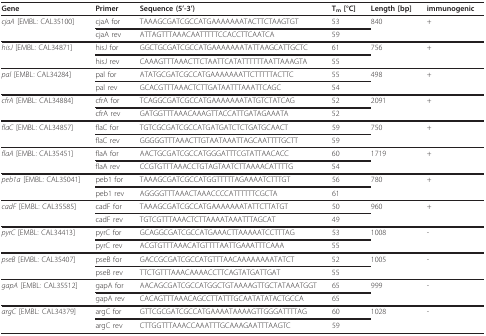
<table><thead><tr><td><b>Gene</b></td><td><b>Primer</b></td><td><b>Sequence (5&#x27;-3&#x27;)</b></td><td><b>T<sub>m </sub>[°C]</b></td><td><b>Length [bp]</b></td><td><b>immunogenic</b></td></tr></thead><tbody><tr><td><i>cjaA </i>[EMBL: CAL35100]</td><td>cjaA for</td><td>TAAAGCGATCGCCATGAAAAAAATACTTCTAAGTGT</td><td>53</td><td>840</td><td>+</td></tr><tr><td></td><td>cjaA rev</td><td>ATTAGTTTAAACAATTTTTCCACCTTCAATCA</td><td>59</td><td></td><td></td></tr><tr><td><i>hisJ </i>[EMBL: CAL34871]</td><td>hisJ for</td><td>GGCTGCGATCGCCATGAAAAAAATATTAAGCATTGCTC</td><td>61</td><td>756</td><td>+</td></tr><tr><td></td><td>hisJ rev</td><td>CAAAGTTTAAACTTCTAATTCATATTTTTTAATTAAAGTA</td><td>55</td><td></td><td></td></tr><tr><td><i>pal </i>[EMBL: CAL34284]</td><td>pal for</td><td>ATATGCGATCGCCATGAAAAAAATTCTTTTTACTTC</td><td>55</td><td>498</td><td>+</td></tr><tr><td></td><td>pal rev</td><td>GCACGTTTAAACTCTTGATAATTTAAATTCAGC</td><td>54</td><td></td><td></td></tr><tr><td><i>cfrA </i>[EMBL: CAL34884]</td><td>cfrA for</td><td>TCAGGCGATCGCCATGAAAAAAATATGTCTATCAG</td><td>52</td><td>2091</td><td>+</td></tr><tr><td></td><td>cfrA rev</td><td>GATGGTTTAAACAAAGTTACCATTGATAGAAATA</td><td>52</td><td></td><td></td></tr><tr><td><i>flaC </i>[EMBL: CAL34857]</td><td>flaC for</td><td>TGTCGCGATCGCCATGATGATCTCTGATGCAACT</td><td>59</td><td>750</td><td>+</td></tr><tr><td></td><td>flaC rev</td><td>GGGGGTTTAAACTTGTAATAAATTAGCAATTTTGCTT</td><td>59</td><td></td><td></td></tr><tr><td><i>flaA </i>[EMBL: CAL35451]</td><td>flaA for</td><td>AACTGCGATCGCCATGGGATTTCGTATTAACACC</td><td>60</td><td>1719</td><td>+</td></tr><tr><td></td><td>flaA rev</td><td>CCGTGTTTAAACCTGTAGTAATCTTAAAACATTTTG</td><td>54</td><td></td><td></td></tr><tr><td><i>peb1a </i>[EMBL: CAL35041]</td><td>peb1 for</td><td>TAAAGCGATCGCCATGGTTTTTAGAAAATCTTTGT</td><td>56</td><td>780</td><td>+</td></tr><tr><td></td><td>peb1 rev</td><td>AGGGGTTTAAACTAAACCCCATTTTTTCGCTA</td><td>61</td><td></td><td></td></tr><tr><td><i>cadF </i>[EMBL: CAL35585]</td><td>cadF for</td><td>TAAAGCGATCGCCATGAAAAAAATATTCTTATGT</td><td>50</td><td>960</td><td>+</td></tr><tr><td></td><td>cadF rev</td><td>TGTCGTTTAAACTCTTAAAATAAATTTAGCAT</td><td>49</td><td></td><td></td></tr><tr><td><i>pyrC </i>[EMBL: CAL34413]</td><td>pyrC for</td><td>GCAGGCGATCGCCATGAAACTTAAAAATCCTTTAG</td><td>53</td><td>1008</td><td>-</td></tr><tr><td></td><td>pyrC rev</td><td>ACGTGTTTAAACATGTTTTAATTGAAATTTCAAA</td><td>55</td><td></td><td></td></tr><tr><td><i>pseB </i>[EMBL: CAL35407]</td><td>pseB for</td><td>GACCGCGATCGCCATGTTTAACAAAAAAAATATCT</td><td>52</td><td>1005</td><td>-</td></tr><tr><td></td><td>pseB rev</td><td>TTCTGTTTAAACAAAACCTTCAGTATGATTGAT</td><td>55</td><td></td><td></td></tr><tr><td><i>gapA </i>[EMBL: CAL35512]</td><td>gapA for</td><td>AACAGCGATCGCCATGGCTGTAAAAGTTGCTATAAATGGT</td><td>65</td><td>999</td><td>-</td></tr><tr><td></td><td>gapA rev</td><td>CACAGTTTAAACAGCCTTATTTGCAATATATACTGCCA</td><td>65</td><td></td><td></td></tr><tr><td><i>argC </i>[EMBL: CAL34379]</td><td>argC for</td><td>GTTCGCGATCGCCATGAAAATAAAAGTTGGGATTTTAG</td><td>60</td><td>1028</td><td>-</td></tr><tr><td></td><td>argC rev</td><td>CTTGGTTTAAACCAAATTTGCAAAGAATTTAAGTC</td><td>59</td><td></td><td></td></tr></tbody></table>